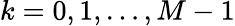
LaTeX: k=0,1,\ldots,M-1